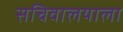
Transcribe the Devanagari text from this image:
सचिवालयाला